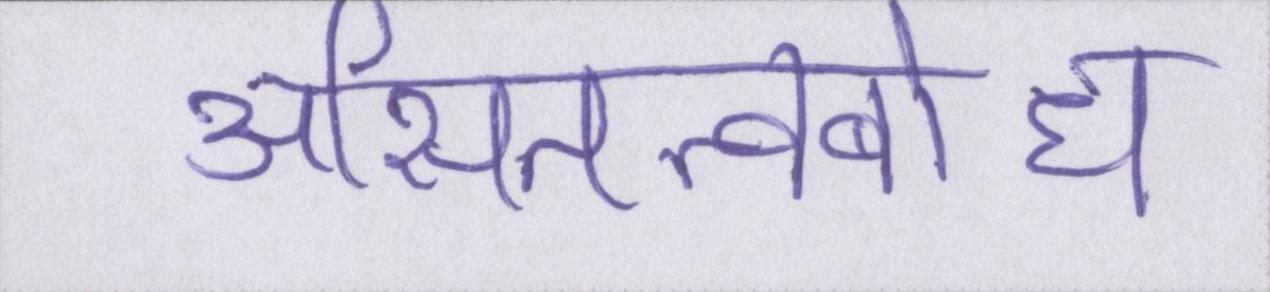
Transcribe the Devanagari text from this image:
असितत्वबोध